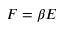
F = \beta E